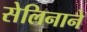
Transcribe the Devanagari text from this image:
सेलिनाने